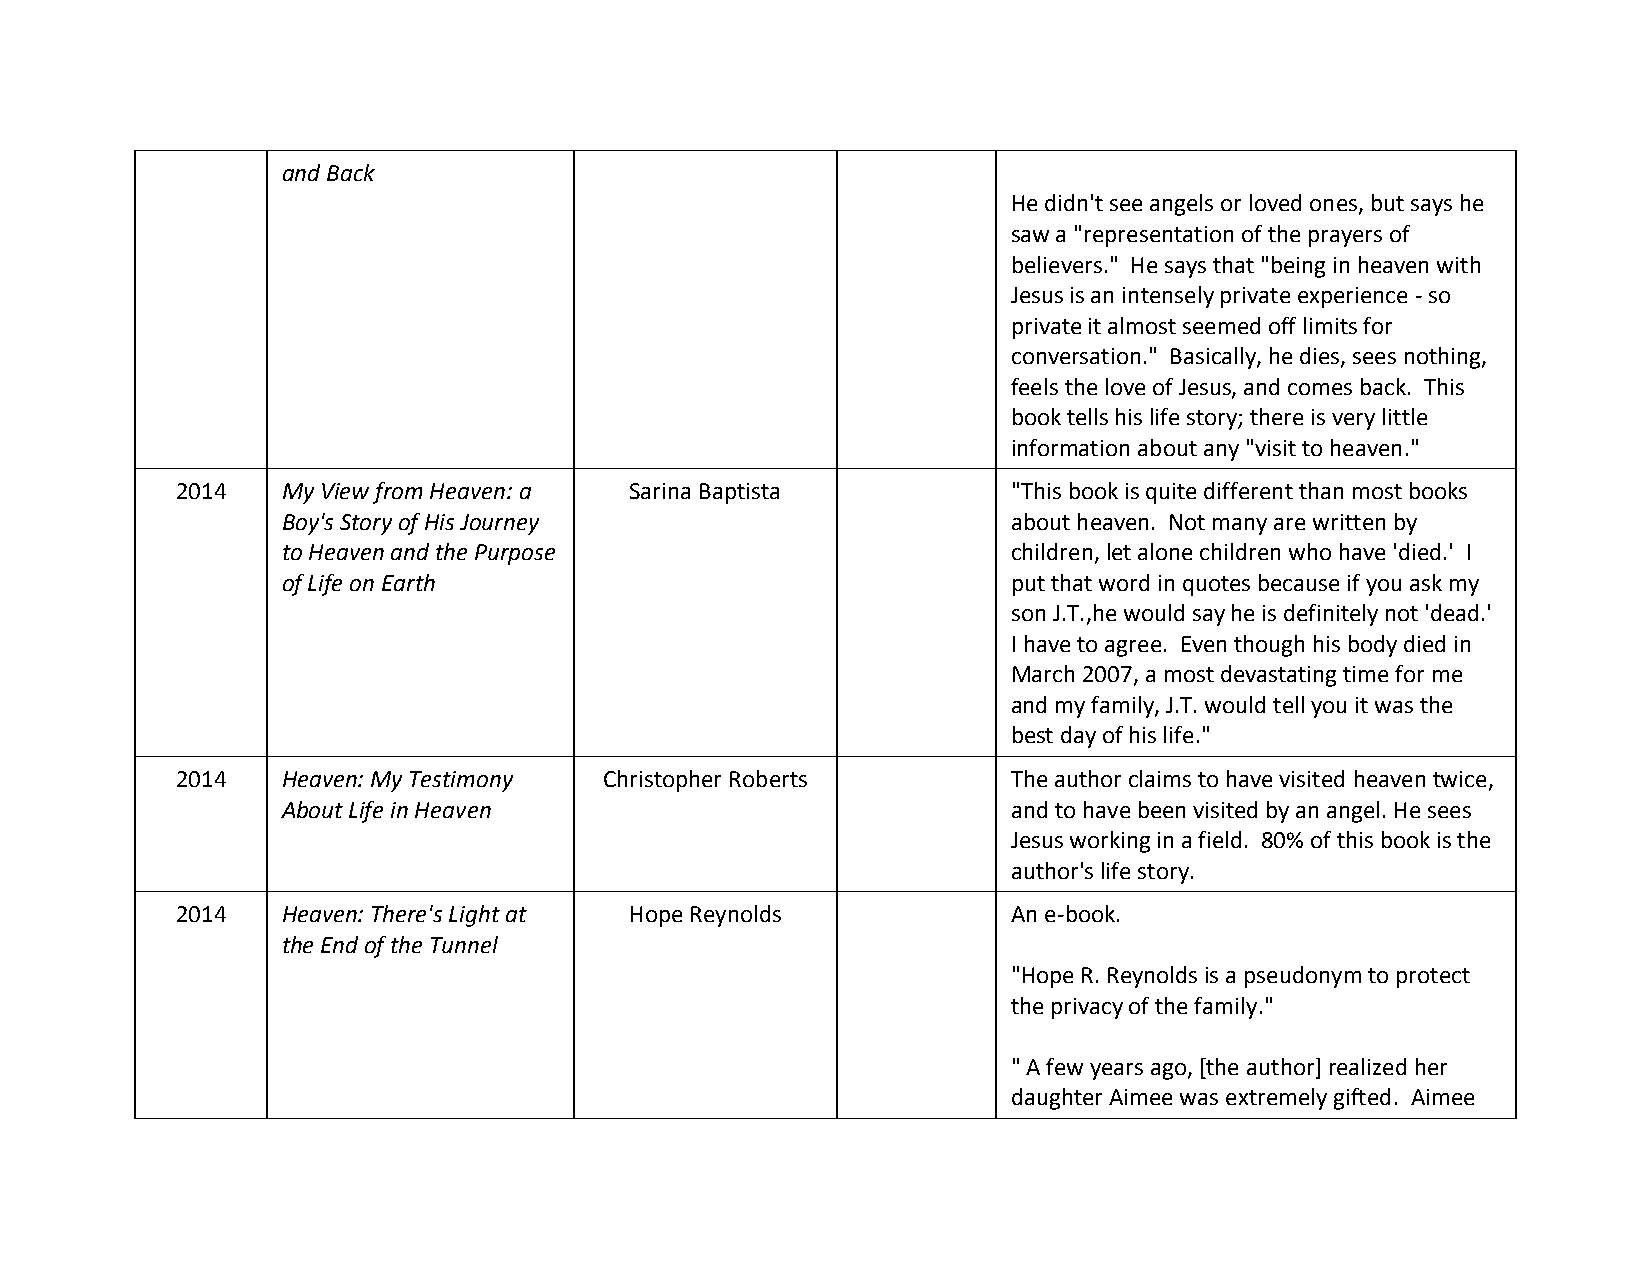
and Back
 He didn't see angels or loved ones, but says he
 saw a "representation of the prayers of
 believers." He says that "being in heaven with
 Jesus is an intensely private experience - so
 private it almost seemed off limits for
 conversation." Basically, he dies, sees nothing,
 feels the love of Jesus, and comes back. This
 book tells his life story; there is very little
 information about any "visit to heaven."
 2014   My View from Heaven: a Sarina Baptista          "This book is quite different than most books
 Boy's Story of His Journey                      about heaven. Not many are written by
 to Heaven and the Purpose                       children, let alone children who have 'died.' I
 of Life on Earth                                put that word in quotes because if you ask my
 son J.T.,he would say he is definitely not 'dead.'
 I have to agree. Even though his body died in
 March 2007, a most devastating time for me
 and my family, J.T. would tell you it was the
 best day of his life."
 2014   Heaven: My Testimony Christopher Roberts        The author claims to have visited heaven twice,
 About Life in Heaven                            and to have been visited by an angel. He sees
 Jesus working in a field. 80% of this book is the
 author's life story.
 2014   Heaven: There's Light at Hope Reynolds          An e-book.
 the End of the Tunnel
 "Hope R. Reynolds is a pseudonym to protect
 the privacy of the family."
 " A few years ago, [the author] realized her
 daughter Aimee was extremely gifted. Aimee